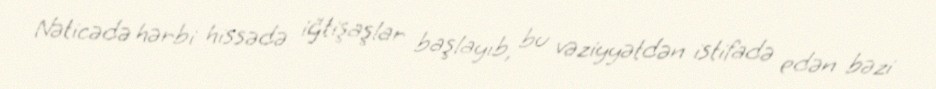
Nəticədə hərbi hissədə iğtişaşlar başlayıb, bu vəziyyətdən istifadə edən bəzi